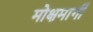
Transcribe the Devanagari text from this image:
मोक्षमार्गी